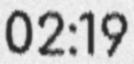
02:19